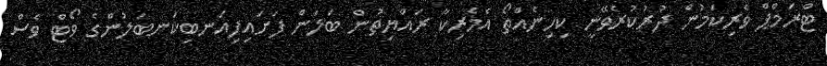
ޓްރަމްޕް ވެރިކަމުން ދުރުކުރެވޭނީ ކިހިނެއްތޯ އެމެރިކާ ރައްޔިތުން ބަލަން ފަށައިފިއަނބިކަނބަލުންގެ ވޯޓް ވެސް